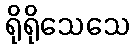
ရိုရိုသေသေ